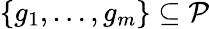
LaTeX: \{ g_{1},\ldots,g_{m}\} \subseteq{\mathcal{P}}